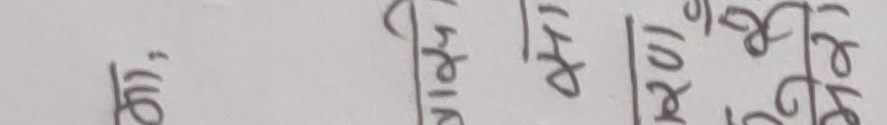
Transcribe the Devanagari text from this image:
ओरी'
417
२०२४ जेठ १६ गते